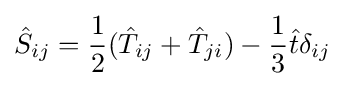
{\hat {S}}_{ij}={\frac {1}{2}}({\hat {T}}_{ij}+{\hat {T}}_{ji})-{\frac {1}{3}}{\hat {t}}\delta _{ij}